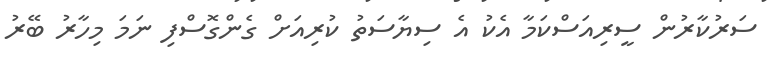
ސަރުކާރުން ސީރިއަސްކަމާ އެކު އެ ސިޔާސަތު ކުރިއަށް ގެންގޮސްފި ނަމަ މިހާރު ބޭރު